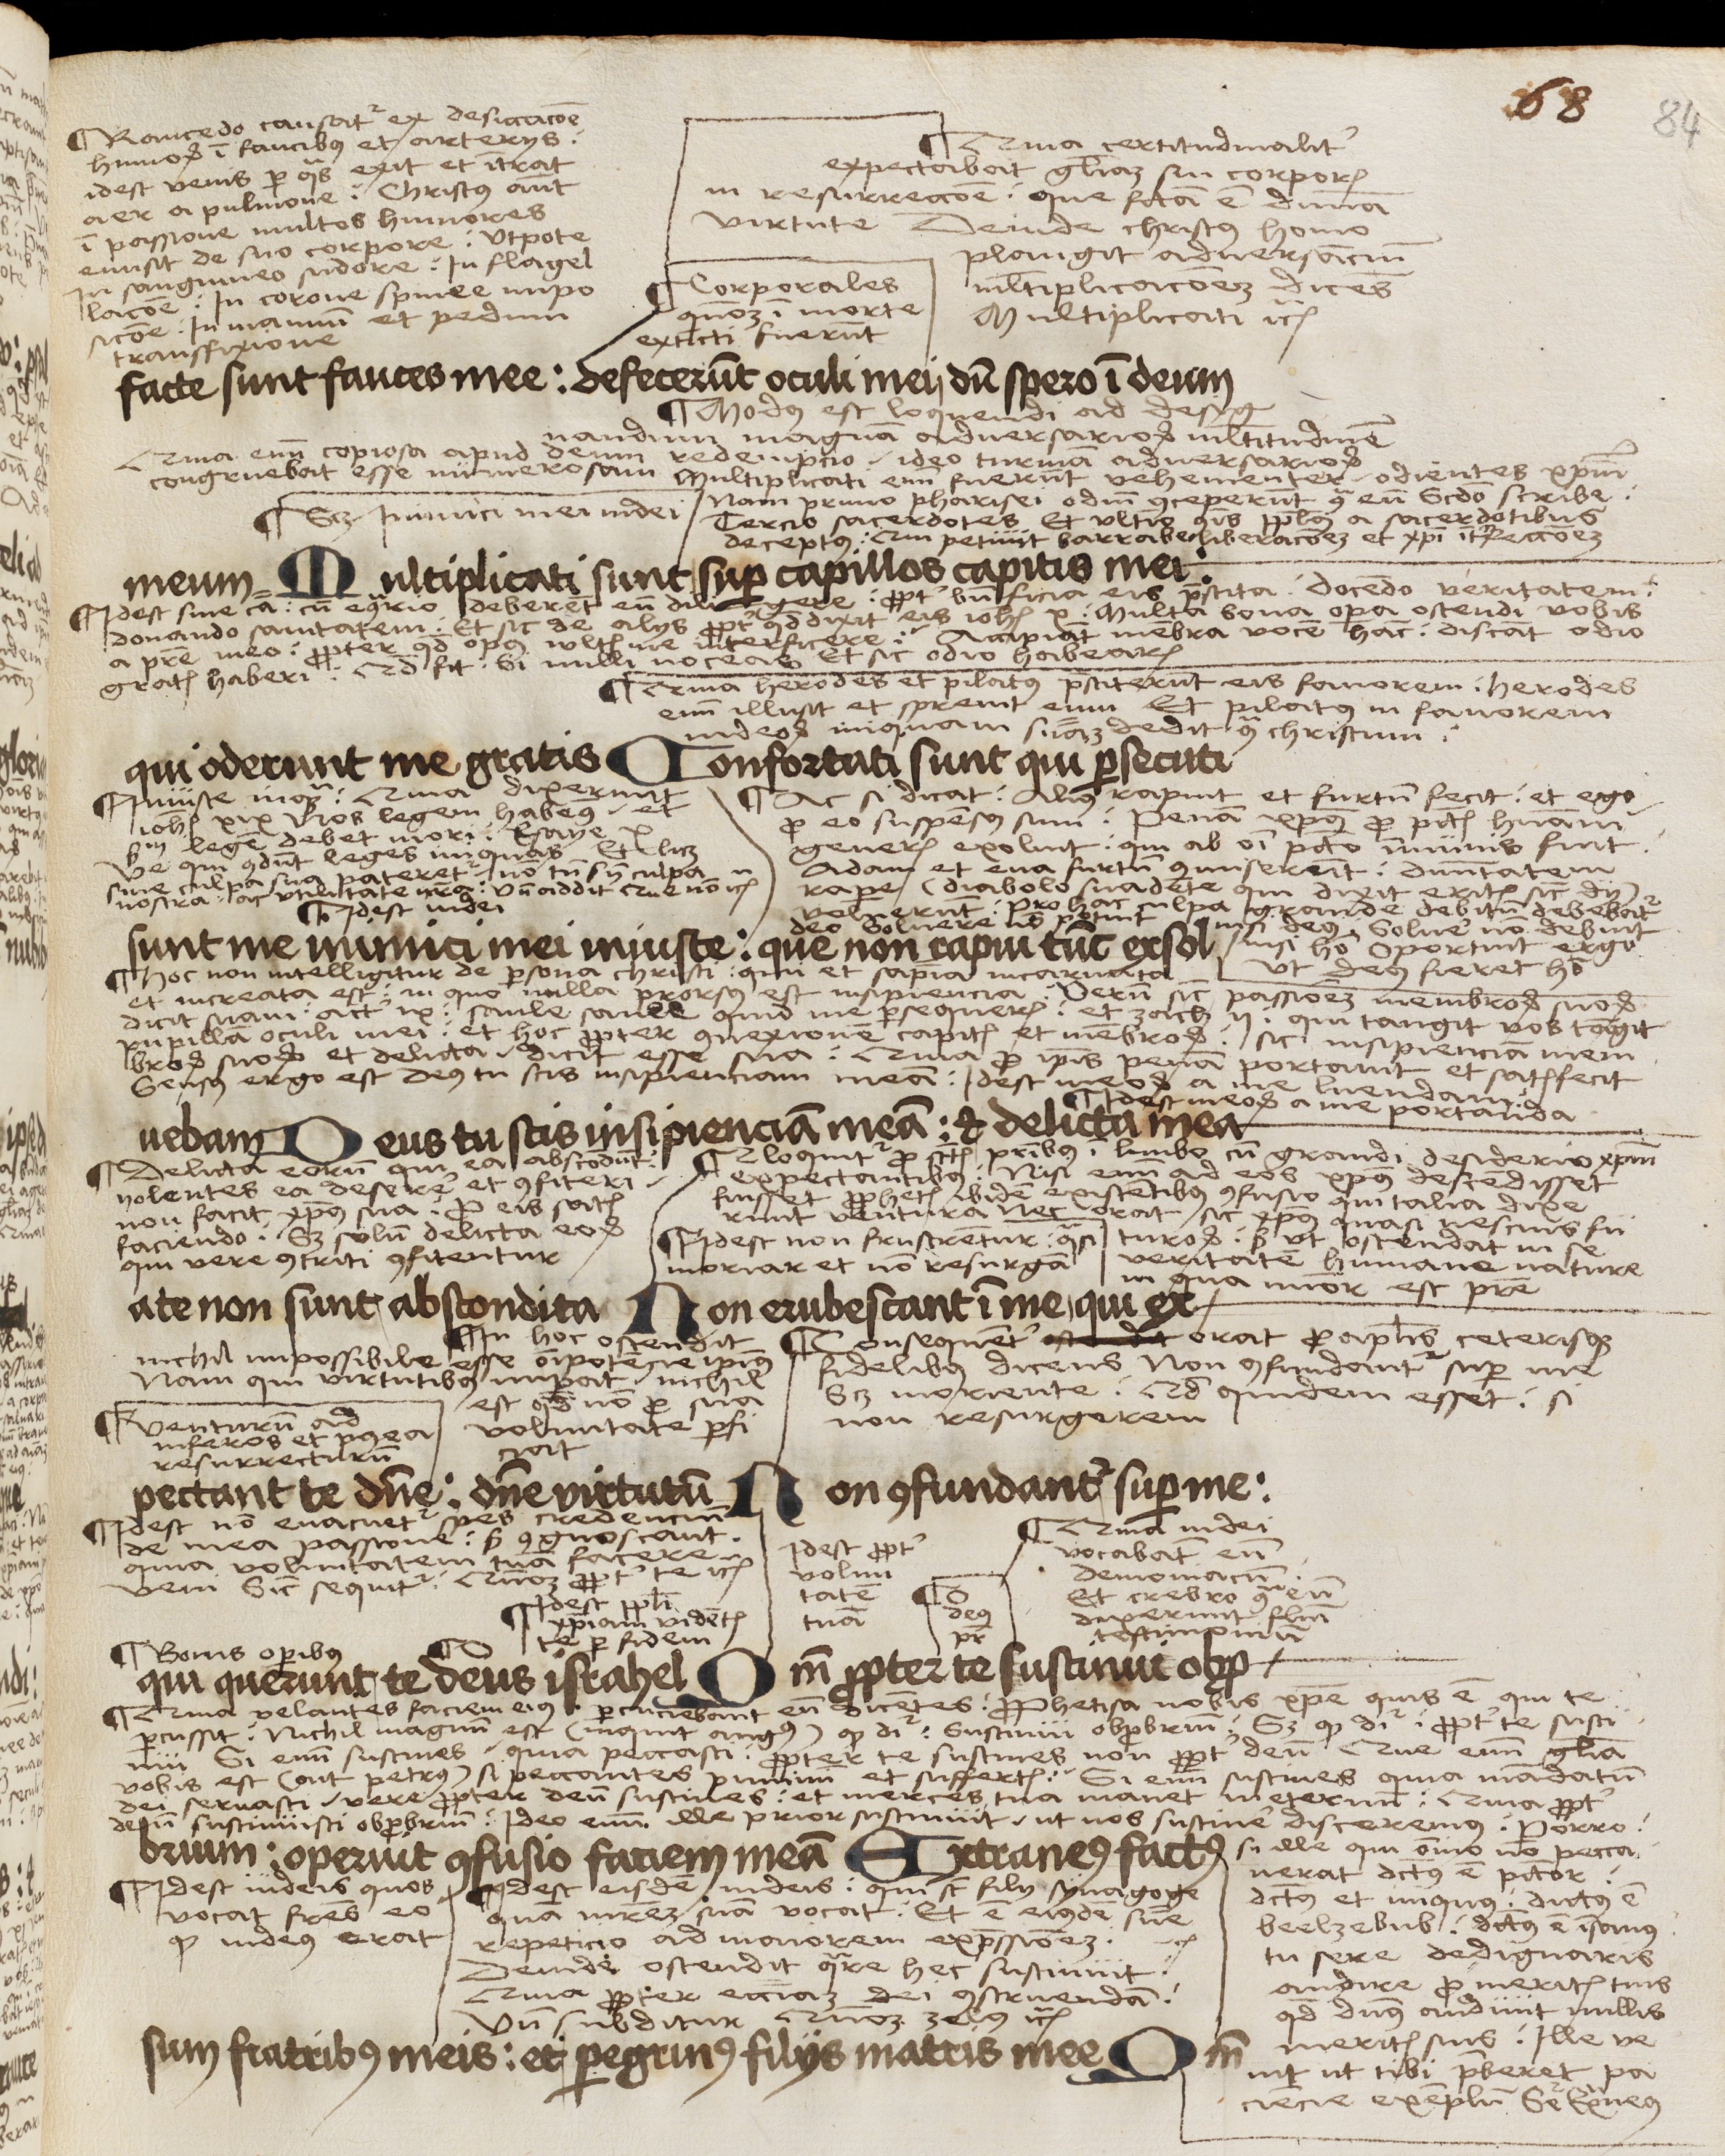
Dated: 1503–1503